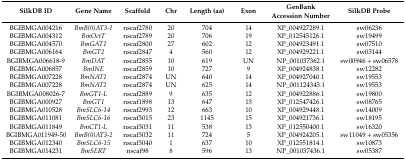
<table><thead><tr><td><b>SilkDB ID</b></td><td><b>Gene Name</b></td><td><b>Scaffold</b></td><td><b>Chr</b></td><td><b>Length (aa)</b></td><td><b>Exon</b></td><td><b>GenBank Accession Number</b></td><td><b>SilkDB Probe</b></td></tr></thead><tbody><tr><td>BGIBMGA004216</td><td><i>BmB(0)AT3-1</i></td><td>nscaf2780</td><td>20</td><td>704</td><td>14</td><td>XP_004927289.1</td><td>sw06236</td></tr><tr><td>BGIBMGA004312</td><td><i>BmOctT</i></td><td>nscaf2789</td><td>20</td><td>706</td><td>19</td><td>XP_012545126.1</td><td>sw19499</td></tr><tr><td>BGIBMGA004570</td><td><i>BmGAT1</i></td><td>nscaf2800</td><td>27</td><td>602</td><td>12</td><td>XP_004923491.1</td><td>sw07510</td></tr><tr><td>BGIBMGA006164</td><td><i>BmGT2</i></td><td>nscaf2847</td><td>4</td><td>560</td><td>12</td><td>XP_004929221.1</td><td>sw03144</td></tr><tr><td>BGIBMGA006618-9</td><td><i>BmDAT</i></td><td>nscaf2855</td><td>10</td><td>619</td><td>UN</td><td>NP_001037362.1</td><td>sw00946 + sw06578</td></tr><tr><td>BGIBMGA006857</td><td><i>BmINE</i></td><td>nscaf2859</td><td>10</td><td>727</td><td>9</td><td>XP_004924838.1</td><td>sw12282</td></tr><tr><td>BGIBMGA007228</td><td><i>BmNAT1</i></td><td>nscaf2874</td><td>UN</td><td>640</td><td>14</td><td>XP_004927040.1</td><td>sw19553</td></tr><tr><td>BGIBMGA007228</td><td><i>BmNAT2</i></td><td>nscaf2874</td><td>UN</td><td>625</td><td>14</td><td>NP_001124343.1</td><td>sw19553</td></tr><tr><td>BGIBMGA008026-7</td><td><i>BmGT1-L</i></td><td>nscaf2889</td><td>9</td><td>635</td><td>12</td><td>XP_004922886.1</td><td>sw19800</td></tr><tr><td>BGIBMGA000927</td><td><i>BmGT1</i></td><td>nscaf1898</td><td>13</td><td>647</td><td>13</td><td>XP_012547426.1</td><td>sw08765</td></tr><tr><td>BGIBMGA010528</td><td><i>BmSLC6-14</i></td><td>nscaf2993</td><td>12</td><td>663</td><td>10</td><td>XP_004929448.1</td><td>sw14009</td></tr><tr><td>BGIBMGA011081</td><td><i>BmSLC6-16</i></td><td>nscaf3015</td><td>23</td><td>1145</td><td>15</td><td>XP_004921736.1</td><td>sw18195</td></tr><tr><td>BGIBMGA011849</td><td><i>BmCT1-L</i></td><td>nscaf3031</td><td>11</td><td>538</td><td>13</td><td>XP_012550400.1</td><td>sw16320</td></tr><tr><td>BGIBMGA011949-50</td><td><i>BmB(0)AT3-2</i></td><td>nscaf3032</td><td>11</td><td>724</td><td>5</td><td>XP_004924205.1</td><td>sw11049 + sw05356</td></tr><tr><td>BGIBMGA012340</td><td><i>BmSLC6-15</i></td><td>nscaf3040</td><td>1</td><td>637</td><td>10</td><td>XP_012551814.1</td><td>sw10873</td></tr><tr><td>BGIBMGA014231</td><td><i>BmSERT</i></td><td>nscaf98</td><td>8</td><td>596</td><td>13</td><td>NP_001037436.1</td><td>sw05387</td></tr></tbody></table>